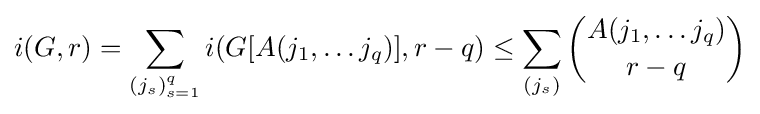
i(G,r)=\sum _{(j_{s})_{s=1}^{q}}i(G[A(j_{1},\ldots j_{q})],r-q)\leq \sum _{(j_{s})}{A(j_{1},\ldots j_{q}) \choose r-q}